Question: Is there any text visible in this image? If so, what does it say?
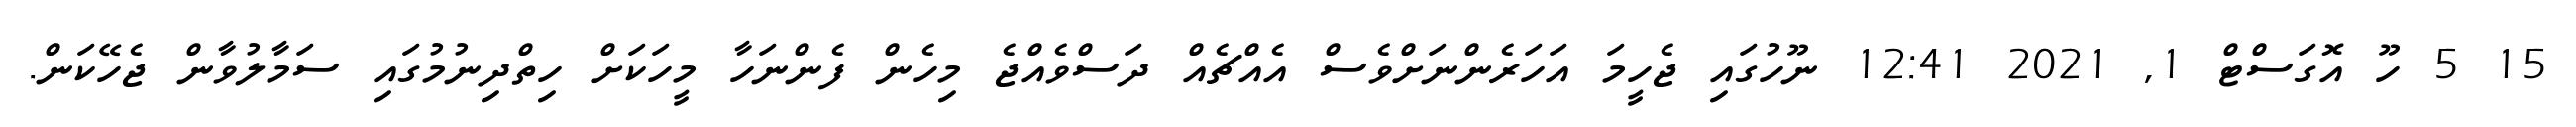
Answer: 15 5 ހޫ އޮގަސްޓް 1, 2021 12:41 ނޫހުގައި ޖެހީމަ އަހަރެންނަށްވެސް އެއްޗެއް ދަސްވެއްޖެ މިހެން ފެންނަހާ މީހަކަށް ހިތްދިނުމުގައި ސަމާލުވާން ޖެހޭކަން.